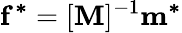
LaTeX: \mathbf{f^{*}}=[\mathbf{M}]^{-1}\mathbf{m^{*}}